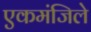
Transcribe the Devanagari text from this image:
एकमंजिले